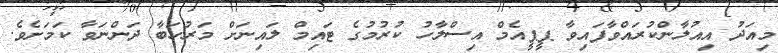
މިއަދު އިއުލާންކުރައްވާފައިވާ ޕީޕީއެމް އިސްލާހު ކުރުމުގެ ޓައިމް ލައިނަށް މަރުހަބާ ދަންނަވާ ކަމަށެވެ.